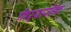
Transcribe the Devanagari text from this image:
गिऱ्यारोहक